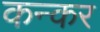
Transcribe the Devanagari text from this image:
कन्कर